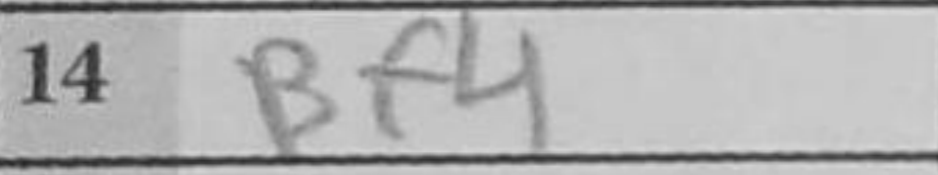
Transcription: Bf4